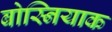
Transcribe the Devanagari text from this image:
बोस्नियाक